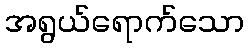
အရွယ်ရောက်သော